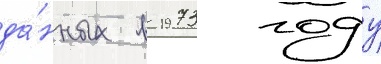
да́нных в 1973 году